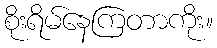
စိုးရိမ်နေကြတာကိုး။